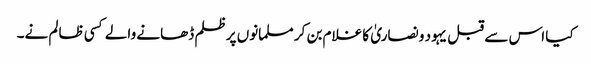
کیا اس سے قبل یہود و نصاریٰ کا غلام بن کر مسلمانوں پرظلم ڈھانے والے کسی ظالم نے۔